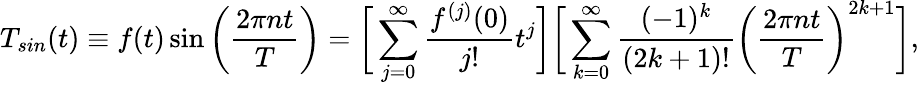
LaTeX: T_{sin}(t)\equiv f(t)\sin{\bigg(\frac{2\pi nt}{T}\bigg)}=\bigg[\sum_{j=0}^{\infty}\frac{f^{(j)}(0)}{j!}t^{j}\bigg]\bigg[\sum_{k=0}^{\infty}\frac{(-1)^{k}}{(2k+1)!}\bigg(\frac{2\pi nt}{T}\bigg)^{2k+1}\bigg],